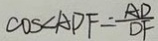
\cos \angle A D F = \frac { A D } { D F }